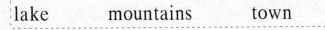
lake mountains town